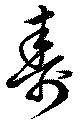
寿